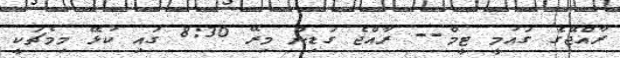
ރާއްޖޭގެ ގައުމީ ޓީމް-- ރާއްޖެ ގަޑިން މިރޭ 8:30 ގައި ކުޅޭ މިމެޗަކީ